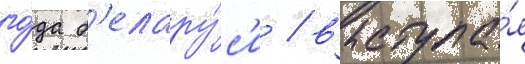
го́да б'елару́с'и / выступа́я